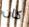
كان